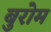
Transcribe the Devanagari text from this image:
बुरोम